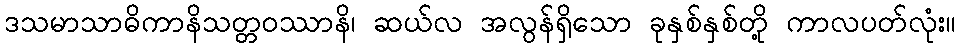
ဒသမာသာဓိကာနိသတ္တဝဿာနိ၊ ဆယ်လ အလွန်ရှိသော ခုနှစ်နှစ်တို့ ကာလပတ်လုံး။